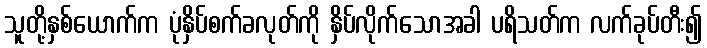
သူတို့နှစ်ယောက်က ပုံနှိပ်စက်ခလုတ်ကို နှိပ်လိုက်သောအခါ ပရိသတ်က လက်ခုပ်တီး၍